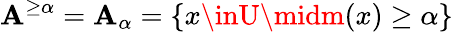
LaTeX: \mathbf{A}^{\geq\alpha}=\mathbf{A}_{\alpha}=\{ x\inU\midm(x)\geq\alpha\}